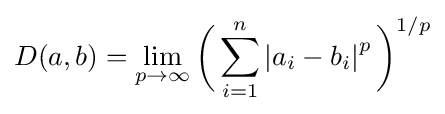
D(a,b)=\lim _{p\to \infty }{\bigg (}\sum _{i=1}^{n}\left|a_{i}-b_{i}\right|^{p}{\bigg )}^{1/p}